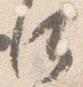
后